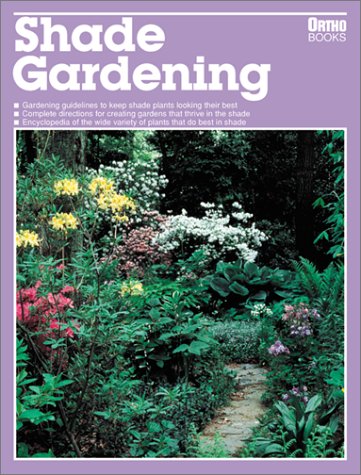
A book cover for Shade Gardening; Ortho Books; Crafts, Hobbies & Home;